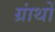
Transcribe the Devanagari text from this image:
ग्रांथों